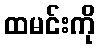
ထမင်းကို